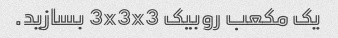
یک مکعب روبیک 3x3x3 بسازید.